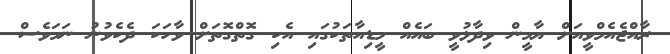
ރާއްޖެއެމްވީއަށް ޔާމީން ވިދާޅުވީ ބައެއް މީޑިއާތަކުގައި އެކި ގޮތްގޮތަށް ވާހަކަ ދެކެވުނު ނަމަވެސް